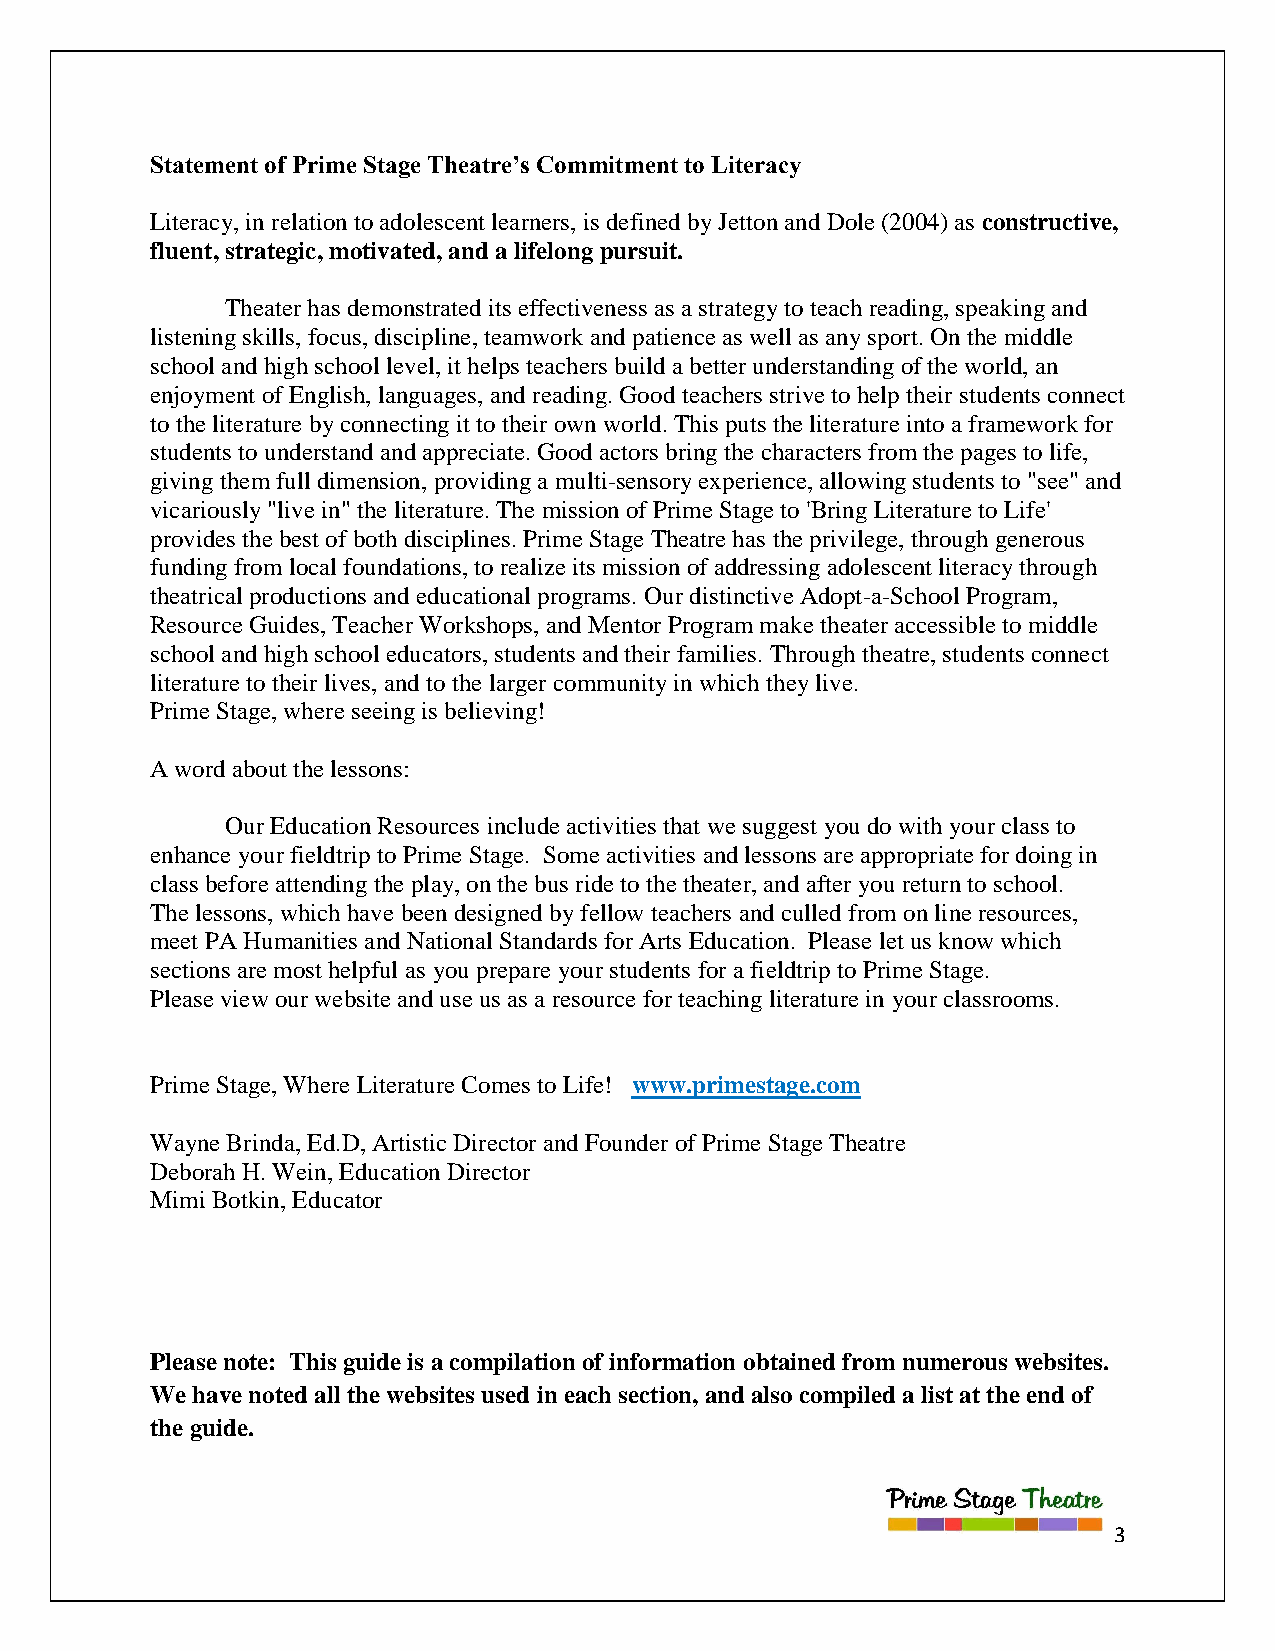
Statement of Prime Stage Theatre’s Commitment to Literacy
 Literacy, in relation to adolescent learners, is defined by Jetton and Dole (2004) as constructive,
 fluent, strategic, motivated, and a lifelong pursuit.
 Theater has demonstrated its effectiveness as a strategy to teach reading, speaking and
 listening skills, focus, discipline, teamwork and patience as well as any sport. On the middle
 school and high school level, it helps teachers build a better understanding of the world, an
 enjoyment of English, languages, and reading. Good teachers strive to help their students connect
 to the literature by connecting it to their own world. This puts the literature into a framework for
 students to understand and appreciate. Good actors bring the characters from the pages to life,
 giving them full dimension, providing a multi-sensory experience, allowing students to "see" and
 vicariously "live in" the literature. The mission of Prime Stage to 'Bring Literature to Life'
 provides the best of both disciplines. Prime Stage Theatre has the privilege, through generous
 funding from local foundations, to realize its mission of addressing adolescent literacy through
 theatrical productions and educational programs. Our distinctive Adopt-a-School Program,
 Resource Guides, Teacher Workshops, and Mentor Program make theater accessible to middle
 school and high school educators, students and their families. Through theatre, students connect
 literature to their lives, and to the larger community in which they live.
 Prime Stage, where seeing is believing!
 A word about the lessons:
 Our Education Resources include activities that we suggest you do with your class to
 enhance your fieldtrip to Prime Stage. Some activities and lessons are appropriate for doing in
 class before attending the play, on the bus ride to the theater, and after you return to school.
 The lessons, which have been designed by fellow teachers and culled from on line resources,
 meet PA Humanities and National Standards for Arts Education. Please let us know which
 sections are most helpful as you prepare your students for a fieldtrip to Prime Stage.
 Please view our website and use us as a resource for teaching literature in your classrooms.
 Prime Stage, Where Literature Comes to Life! www.primestage.com
 Wayne Brinda, Ed.D, Artistic Director and Founder of Prime Stage Theatre
 Deborah H. Wein, Education Director
 Mimi Botkin, Educator
 Please note: This guide is a compilation of information obtained from numerous websites.
 We have noted all the websites used in each section, and also compiled a list at the end of
 the guide.
 3